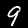
Digit: 9